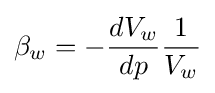
\beta _{w}=-{\frac {dV_{w}}{dp}}{\frac {1}{V_{w}}}